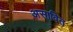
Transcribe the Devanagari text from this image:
असावित